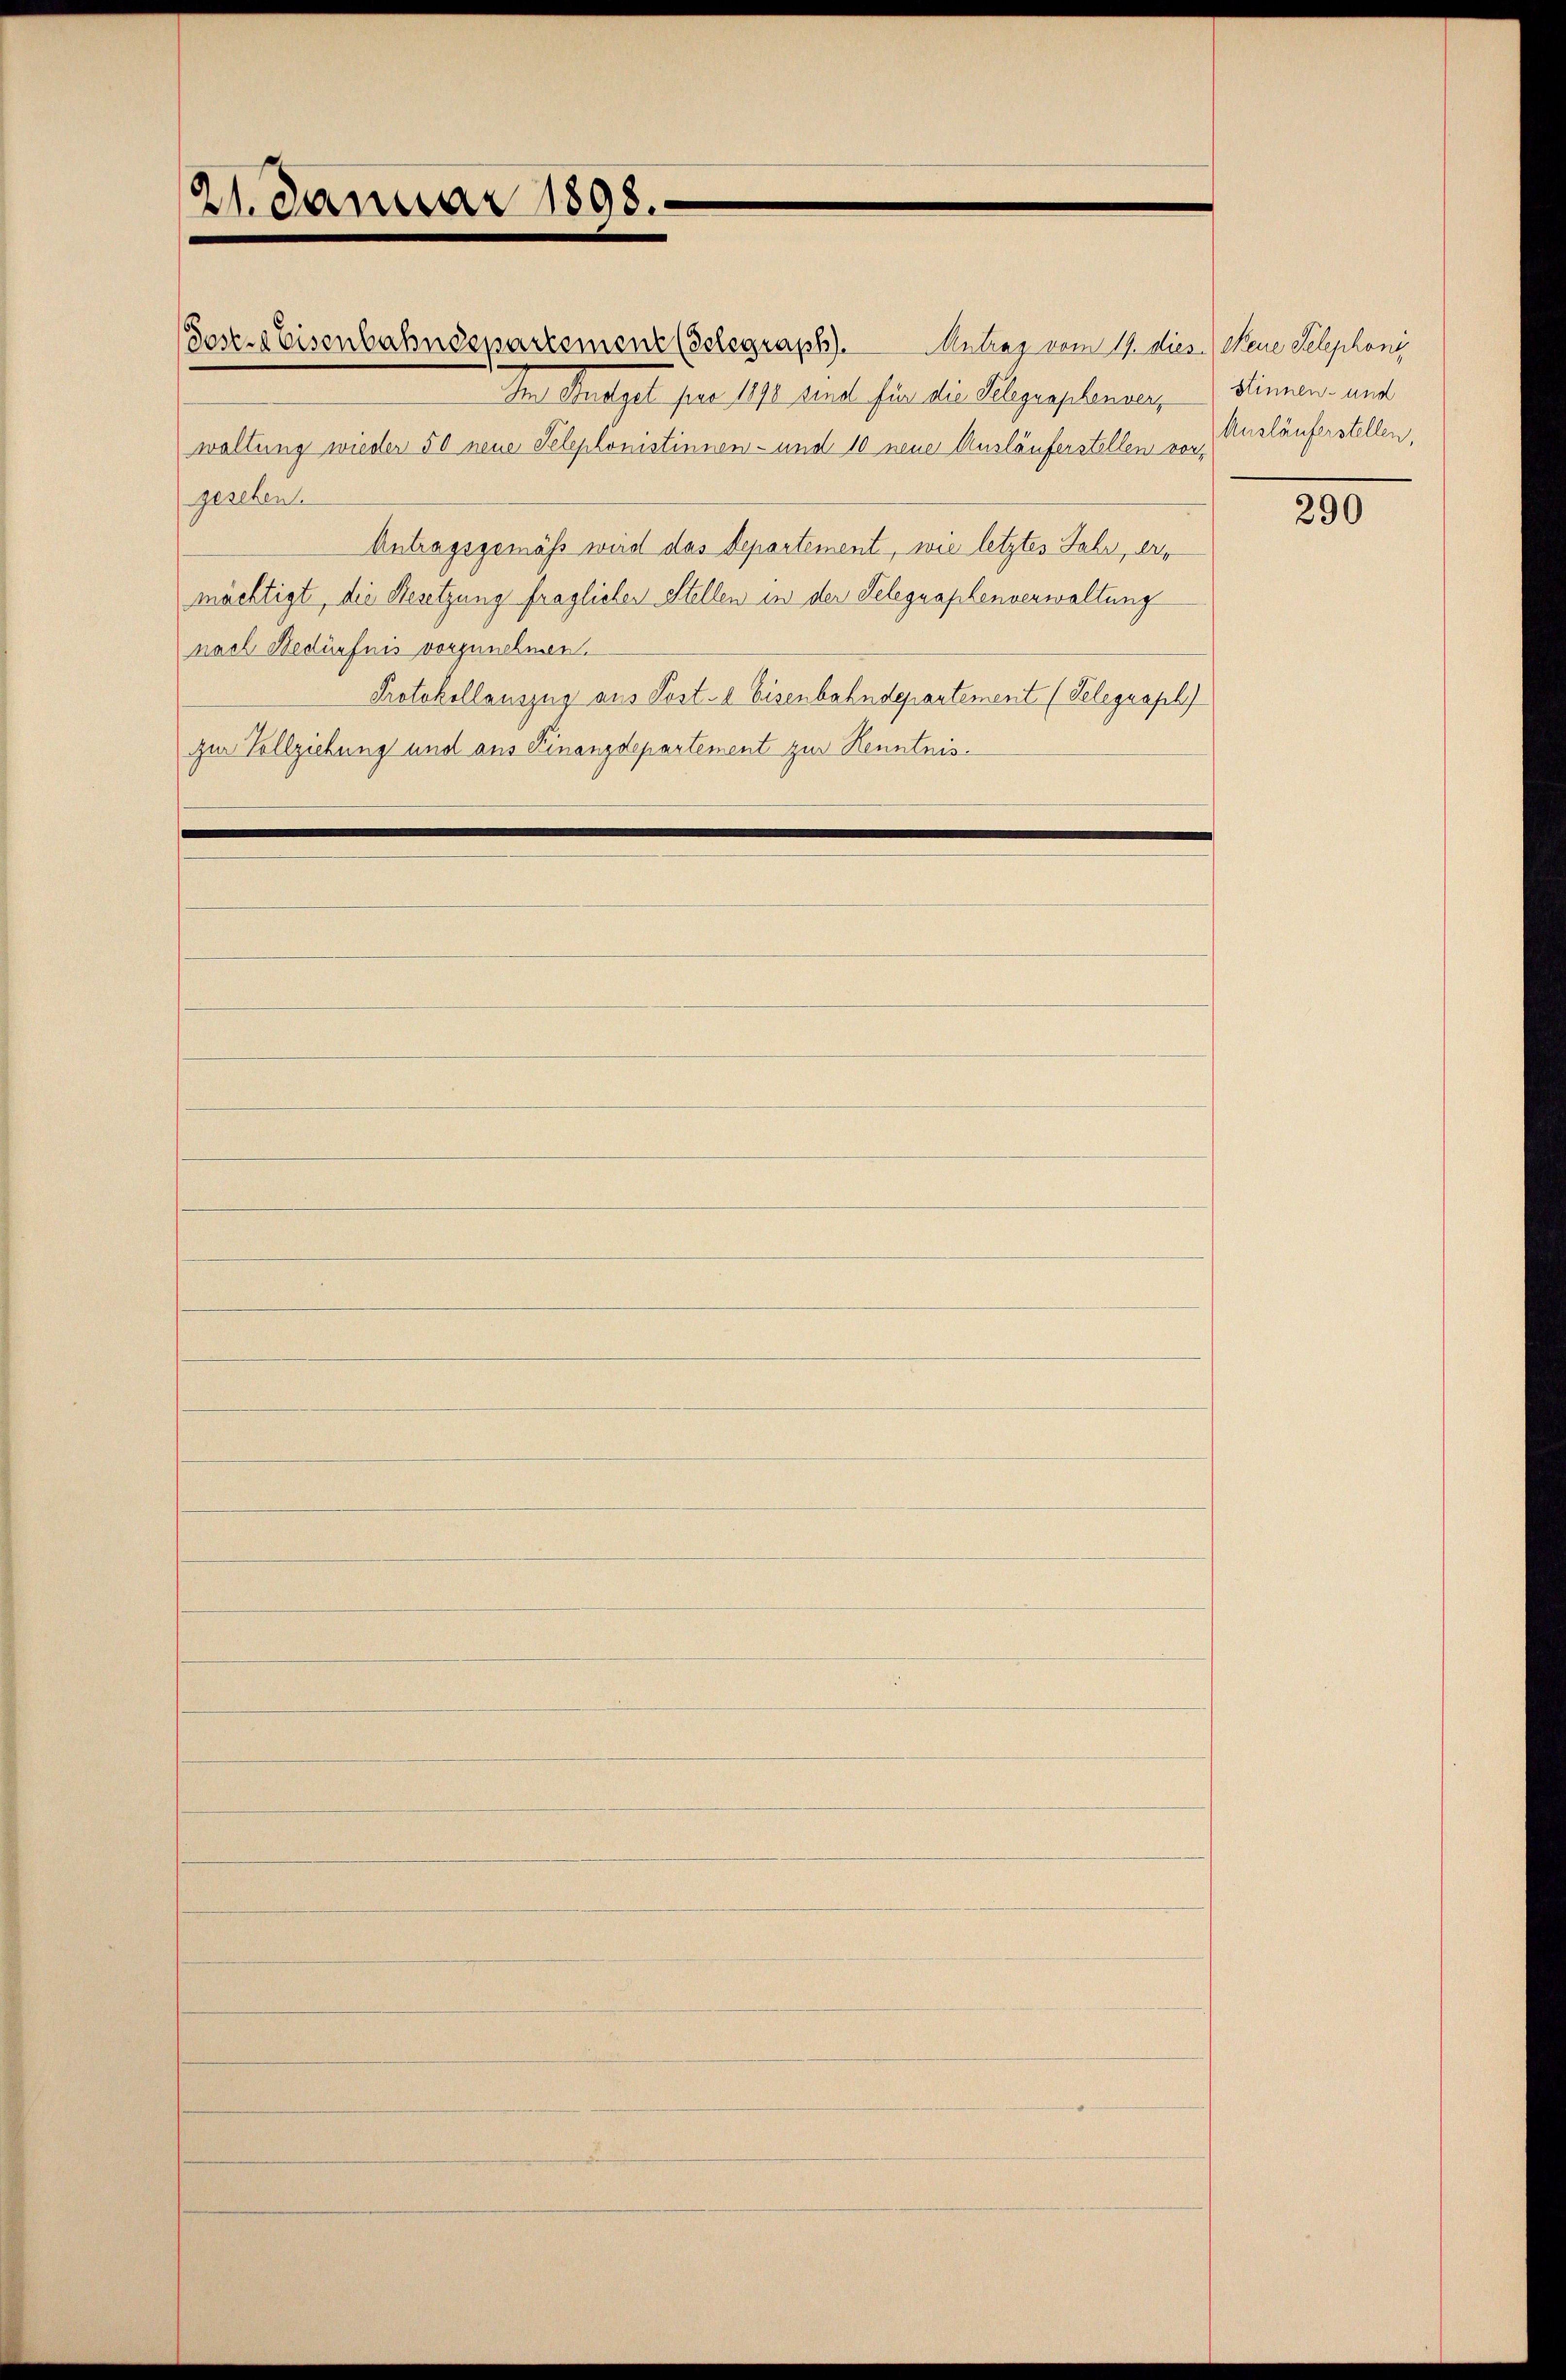
21. Januar 1898.

Sustes Eisenbahndepartement (delegraph). Antrag vom 11. dies Neue Telephoni
den Martiget pro 1811. und für die Folgerschonung
waltung wieder 50 neue Telephonistinnen- und 10 neuer Ausläuferstellen vorgesehen.
Antragsgemäss wird das Departement, wie letztes Jahr, der
mächtigt, die Gesetzung fraglicher Stellen in der Telegraphenverwaltung
nach Bedürfnis vorzunehmen.
Protokollauszug aus Post- & Eisenbahndepartement (Telegraph
zur Vollziehung und aus Finanzdepartement zur Kenntnis¬

Stinnen- und
Ausläuferstellen,

290